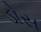
ડોસ